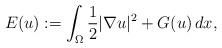
LaTeX: \begin{align*}E(u):=\int _{\Omega}\frac{1}{2}|\nabla u|^2+G(u)\,dx,\end{align*}